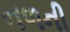
નળની